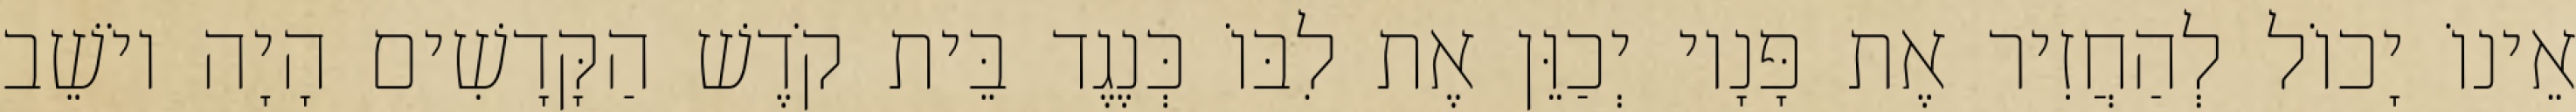
אֵינוֹ יָכוֹל לְהַחֲזִיר אֶת פָּנָיו יְכַוֵּן אֶת לִבּוֹ כְּנֶגֶד בֵּית קֹדֶשׁ הַקָּדָשִׁים הָיָה יוֹשֵׁב